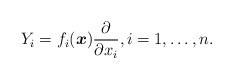
LaTeX: \begin{gather*} Y_i =f_i(\boldsymbol{x}) \frac{\partial}{\partial x_i} ,i=1,\ldots , n .\end{gather*}